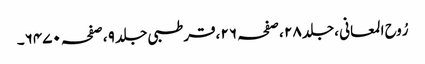
رُوح المعانی ،جلد ٢٨ ،صفحہ ٢٦ ،قرطبی جلد ٩ ،صفحہ ٦٤٧٠۔